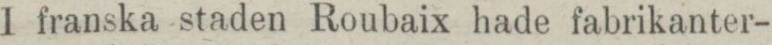
I franska staden Roubaix hade fabrikanter-